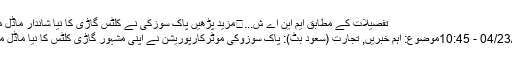
تفصیلات کے مطابق ایم این اے ش...	مزید پڑھيں پاک سوزکی نے کلٹس گاڑی کا نیا شاندار ماڈل متعارف کرا دیا
تاریخ: 04/23/2017 - 10:45موضوع: اہم خبریں, تجارت (سعود بٹ): پاک سوزوکی موٹرکارپوریشن نے اپنی مشہور گاڑی کلٹس کا نیا ماڈل متعارف کرا دیا۔